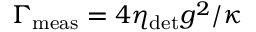
\Gamma _ { \mathrm { m e a s } } = 4 \eta _ { \mathrm { d e t } } g ^ { 2 } / \kappa